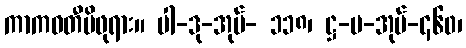
ကာကဝတီမိဖုရား။ ပါ-ဒု-အုပ်- ၁၁၈၊ ဋ္ဌ-မ-အုပ်-၄၆၀၊